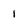
Character: 1